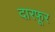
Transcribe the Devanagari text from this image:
दारफूर